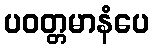
ပဝတ္တမာနံပေ